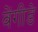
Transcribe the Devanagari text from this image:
वेंगीडे